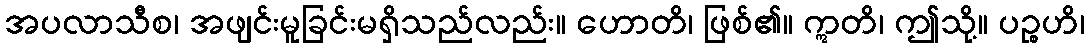
အပလာသီစ၊ အဖျင်းမူခြင်းမရှိသည်လည်း။ ဟောတိ၊ ဖြစ်၏။ ဣတိ၊ ဤသို့။ ပဉ္စဟိ၊